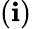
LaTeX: (\mathbf{i})